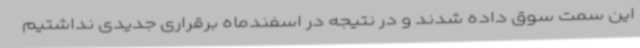
این سمت سوق داده شدند و در نتیجه در اسفندماه برقراری جدیدی نداشتیم